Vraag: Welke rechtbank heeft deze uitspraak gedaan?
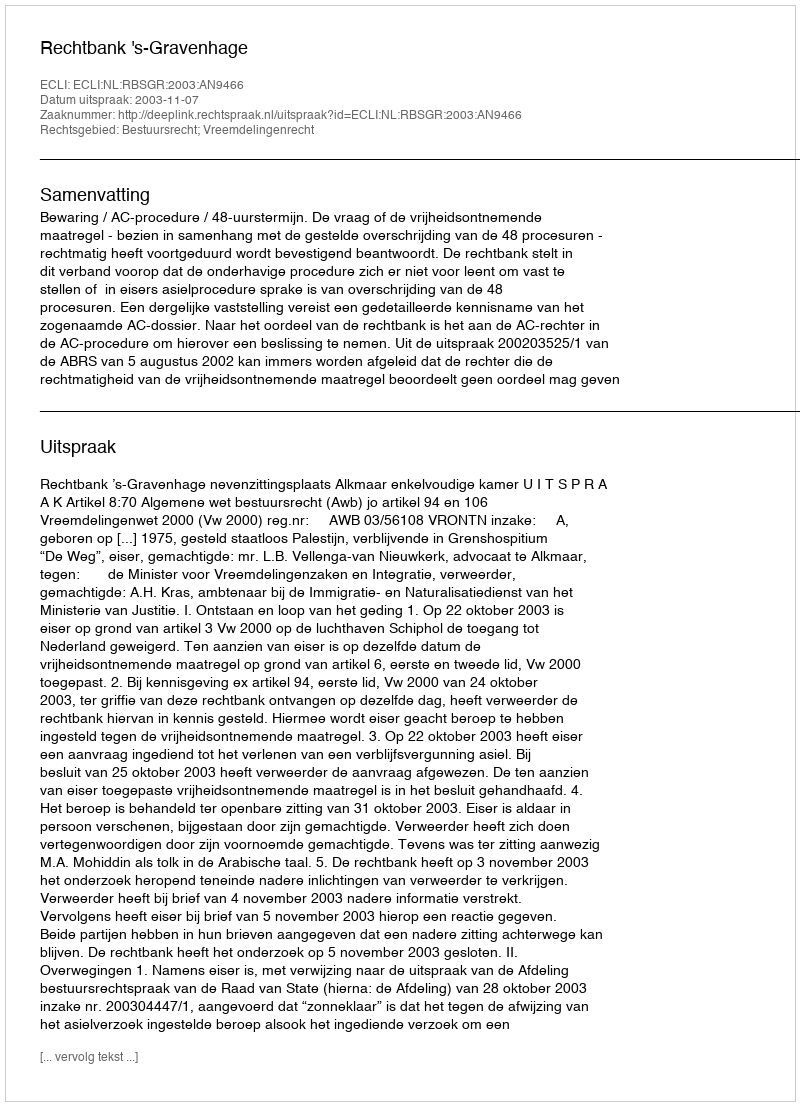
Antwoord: Rechtbank 's-Gravenhage